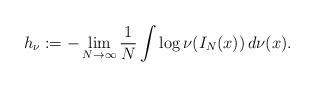
LaTeX: \begin{align*}h _\nu := - \lim _{N \rightarrow \infty} \frac{1}{N} \int \log \nu ( I _N (x) ) \, d \nu (x) .\end{align*}